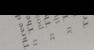
Signature authenticity: forged